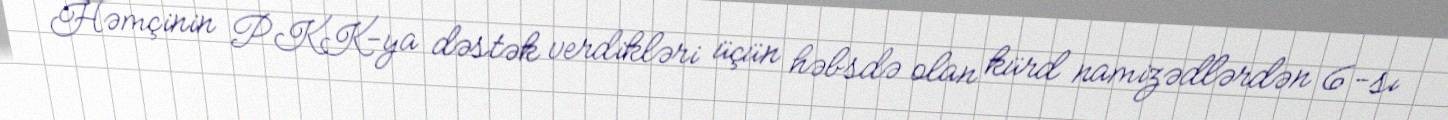
Həmçinin PKK-ya dəstək verdikləri üçün həbsdə olan kürd namizədlərdən 6-sı